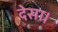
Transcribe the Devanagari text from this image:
देसा।